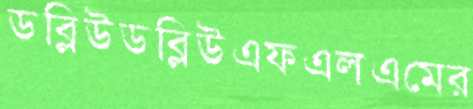
ডব্লিউডব্লিউএফএলএমের